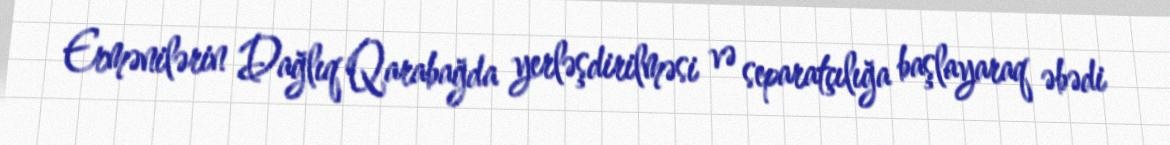
Ermənilərin Dağlıq Qarabağda yerləşdirilməsi və separatçılığa başlayaraq əbədi